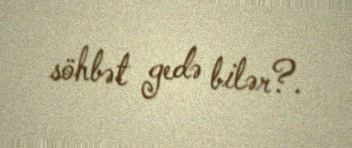
söhbət gedə bilər?.